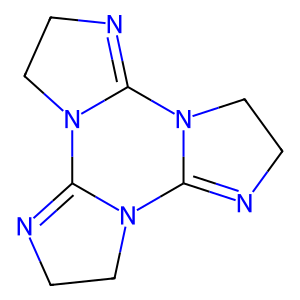
SMILES: C1CN2C(=N1)N1CCN=C1N1CCN=C21
Inhibits HIV replication: No